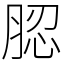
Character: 䏰